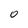
Character: 0